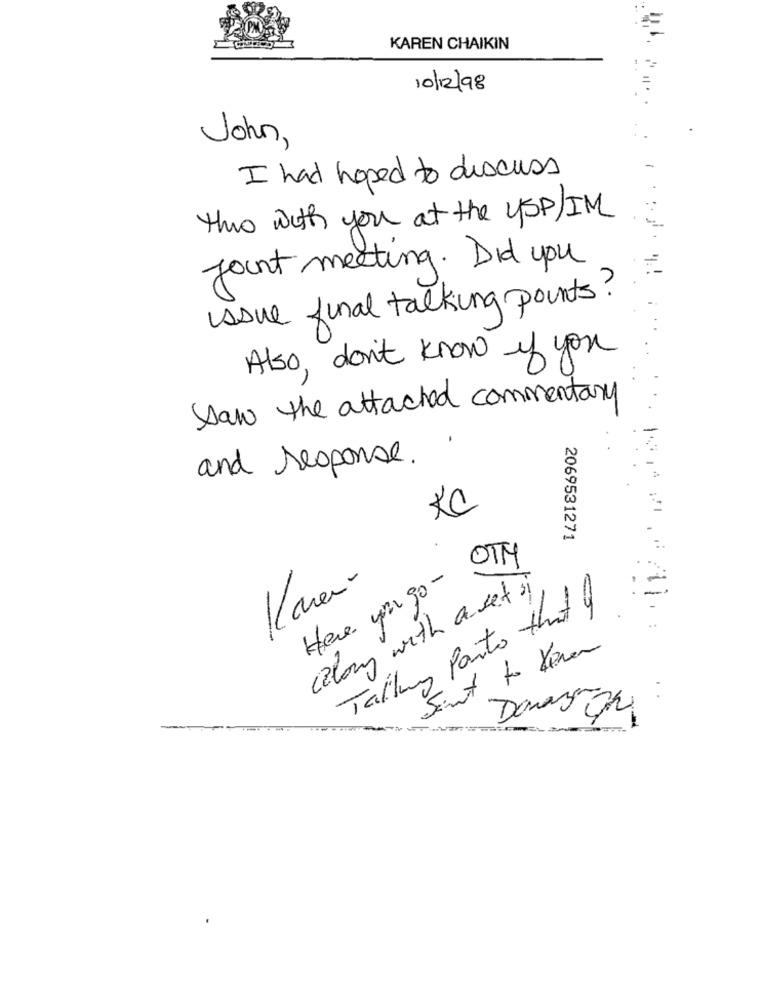
KAREN CHAIKIN
10/12/98
John,
I had hoped to discuss
tho with you at the ySP/IM
joint meeting. Did you
issue final talking points?
Also , don't know if you
Saw the attached commentary
and response.
KC
2069531271
OTNY
Here you go -
(along with a set s)
Tally Parts that a
Saint to Veren
Danza
04 :